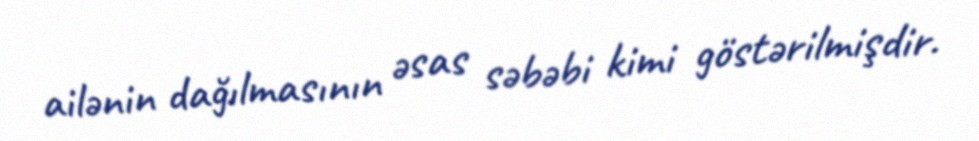
ailənin dağılmasının əsas səbəbi kimi göstərilmişdir.